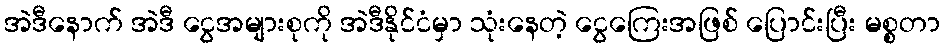
အဲဒီနောက် အဲဒီ ငွေအများစုကို အဲဒီနိုင်ငံမှာ သုံးနေတဲ့ ငွေကြေးအဖြစ် ပြောင်းပြီး မစ္စတာ